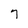
Character: 7